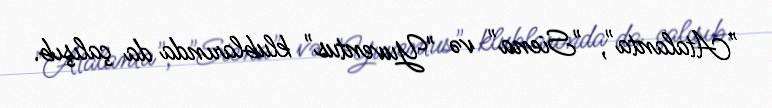
"Atalanta", "Siena" və "Yuventus" klublarında da çalışıb.